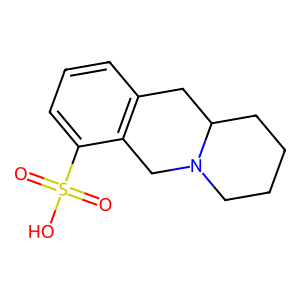
SMILES: O=S(=O)(O)c1cccc2c1CN1CCCCC1C2
Inhibits HIV replication: No